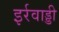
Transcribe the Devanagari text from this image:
इर्रवाड्डी